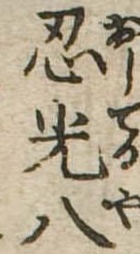
忍光八